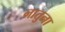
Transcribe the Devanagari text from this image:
नातुना